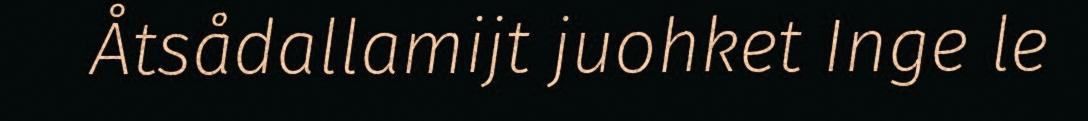
Åtsådallamijt juohket Inge le